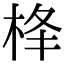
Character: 𪲋